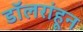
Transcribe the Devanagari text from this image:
डॉलरांहून